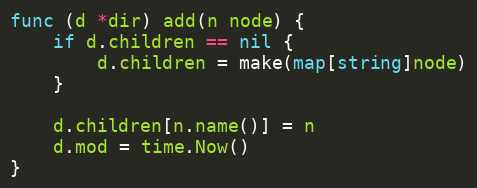
Language: Go
func (d *dir) add(n node) {
	if d.children == nil {
		d.children = make(map[string]node)
	}

	d.children[n.name()] = n
	d.mod = time.Now()
}